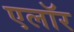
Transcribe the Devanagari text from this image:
एलॉर